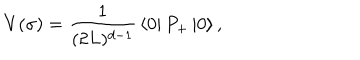
V ( \sigma ) = { \frac { 1 } { ( 2 L ) ^ { d - 1 } } } \left\langle 0 \right\vert P _ { + } \left\vert 0 \right\rangle ,